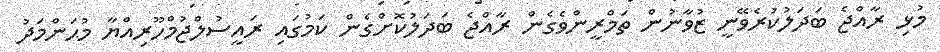
މުޅި ރާއްޖެ ބަދަލުކުރެވޭނީ ޒުވާނުން ތަމްރީންވެގެން ރާއްޖެ ބަދަލުކޮށްގެން ކަމުގައި ރައީސުލްޖުމްހޫރިއްޔާ މުޙަންމަދު